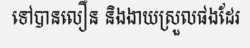
ទៅបានលឿន និងងាយស្រួលផងដែរ